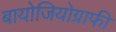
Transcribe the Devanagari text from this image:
बायोजियोग्राफी